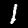
Label: 1